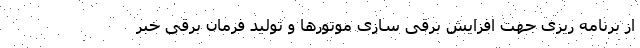
از برنامه ریزی جهت افزایش برقی سازی موتورها و تولید فرمان برقی خبر